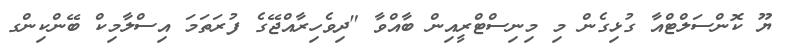
ޔޫ ކޮންސަލްޓްއާ ގުޅިގެން މި މިނިސްޓްރީއިން ބާއްވާ "ދިވެހިރާއްޖޭގެ ފުރަތަމަ އިސްލާމިކް ބޭންކިންގ